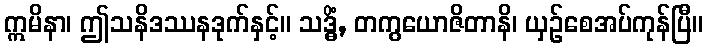
ဣမိနာ၊ ဤသနိဒဿနဒုက်နှင့်။ သဒ္ဓိံ, တကွယောဇိတာနိ၊ ယှဉ်စေအပ်ကုန်ပြီ။